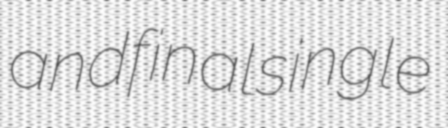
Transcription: and final single